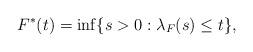
LaTeX: \begin{align*}F^{\ast}(t)=\inf\{s>0: \lambda_{F}(s)\leq t\},\end{align*}